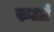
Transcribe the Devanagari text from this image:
रुआं